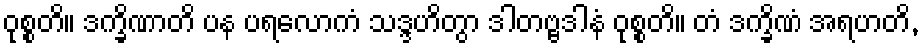
ဝုစ္စတိ။ ဒက္ခိဏာတိ ပန ပရလောကံ သဒ္ဒဟိတွာ ဒါတဗ္ဗဒါနံ ဝုစ္စတိ။ တံ ဒက္ခိဏံ အရဟတိ,